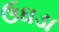
ઉઘડા